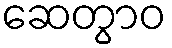
ဆေတွာဝ